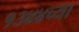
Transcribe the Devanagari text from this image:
१३४४च्या